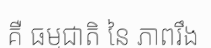
គឺ ធម្មជាតិ នៃ ភាពរឹង